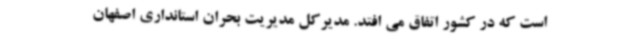
است که در کشور اتفاق می افتد. مدیرکل مدیریت بحران استانداری اصفهان